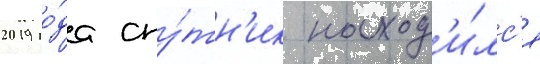
2019 го́да спу́тн'ик наход'и́лс'я